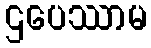
ဌပေဿာမ